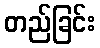
တည်ခြင်း